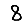
Digit: 8